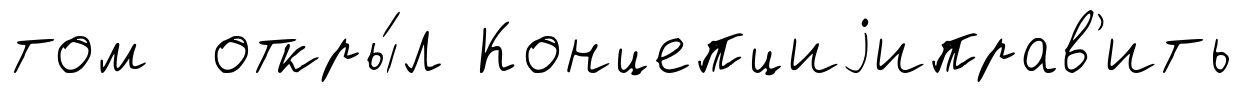
том откры́л Концепциjиправ'ить